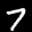
Label: 7